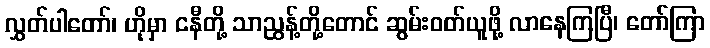
လွှတ်ပါတော်၊ ဟိုမှာ ငနီတို့ သာညွန့်တို့တောင် ဆွမ်းဝတ်ယူဖို့ လာနေကြပြီ၊ တော်ကြာ